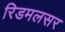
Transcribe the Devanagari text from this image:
रिडमलसर